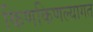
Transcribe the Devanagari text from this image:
किणकिणल्यागत